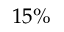
1 5 \%